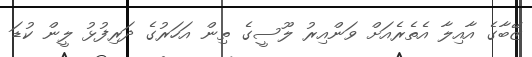
ޒޭބާގެ އާއިލާ އެތެރެއަށް ވަންއިރު ލޫސީގެ ތިން އަހަރުގެ ދަރިފުޅު ލީން ކުޑަ